Plague in India, 1896, 1897 - Volume 3
Year: 1896
Disease focus: Plague
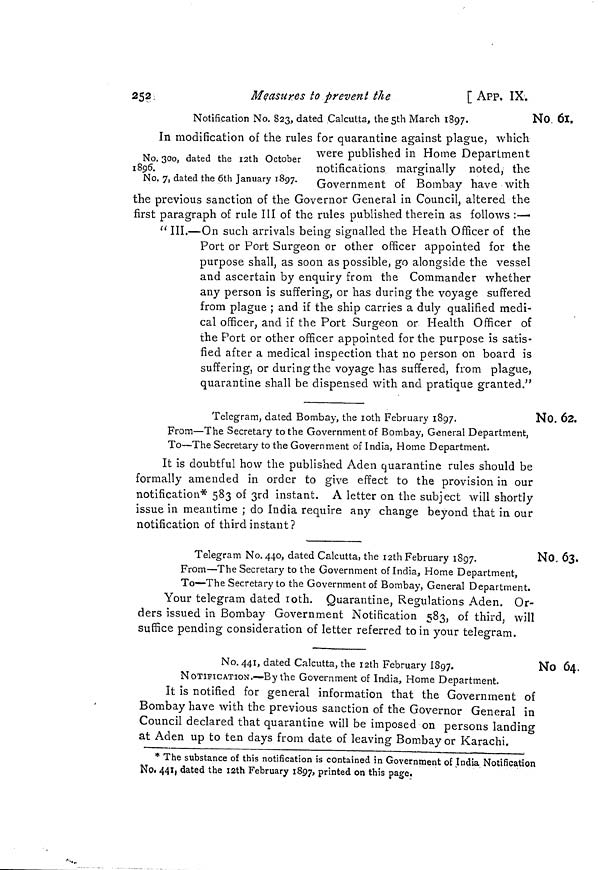
252.
Measures to prevent the
[ APP. IX.
No. 61.
Notification No. 823, dated Calcutta, the 5th March 1897.
No. 300, dated the I2th October
1896.
No. 7, dated the 6th January 1897.
In modification of the rules for quarantine against plague, which
were published in Home Department
notifications marginally noted, the
Government of Bombay have with
the previous sanction of the Governor General in Council, altered the
first paragraph of rule III of the rules published therein as follows :—
" III.—On such arrivals being signalled the Heath Officer of the
Port or Port Surgeon or other officer appointed for the
purpose shall, as soon as possible, go alongside the vessel
and ascertain by enquiry from the Commander whether
any person is suffering, or has during the voyage suffered
from plague ; and if the ship carries a duly qualified medi-
cal officer, and if the Port Surgeon or Health Officer of
the Port or other officer appointed for the purpose is satis-
fied after a medical inspection that no person on board is
suffering, or during the voyage has suffered, from plague,
quarantine shall be dispensed with and pratique granted."
No. 62.
Telegram, dated Bombay, the 10th February 1897.
From—The Secretary to the Government of Bombay, General Department,
To—The Secretary to the Government of India, Home Department.
It is doubtful how the published Aden quarantine rules should be
formally amended in order to give effect to the provision in our
notification* 583 of 3rd instant. A letter on the subject will shortly
issue in meantime ; do India require any change beyond that in our
notification of third instant?
No. 63.
Telegram No. 440, dated Calcutta, the I2th February 1897.
From—The Secretary to the Government of India, Home Department,
To—The Secretary to the Government of Bombay, General Department.
Your telegram dated 10th. Quarantine, Regulations Aden. Or-
ders issued in Bombay Government Notification 583, of third, will
suffice pending consideration of letter referred to in your telegram.
No 64.
No. 441, dated Calcutta, the lath February 1897.
NOTIFICATION.—By the Government of India, Home Department.
It is notified for general information that the Government of
Bombay have with the previous sanction of the Governor General in
Council declared that quarantine will be imposed on persons landing
at Aden up to ten days from date of leaving Bombay or Karachi.
* The substance of this notification is contained in Government of India Notification
Not 441, dated the 12th February 1897, printed on this page.